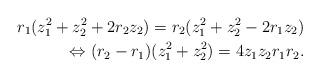
LaTeX: \begin{align*}r_1(z_1^2+z_2^2+2r_2z_2)=r_2(z_1^2+z_2^2-2r_1z_2)\\ \Leftrightarrow (r_2-r_1)(z_1^2+z_2^2)=4z_1z_2r_1r_2.\end{align*}